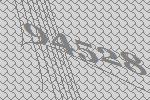
94528